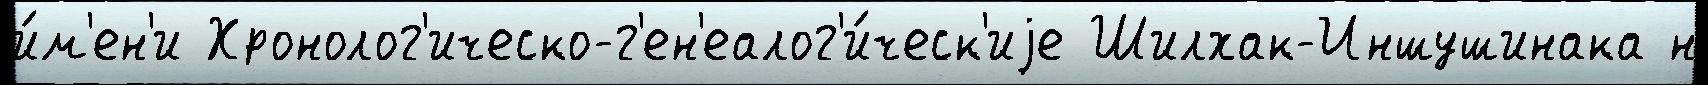
и́м'ен'и Хронолог'ическо-г'ен'еалог'и́ческ'иjе Шилхак-Иншушинака н